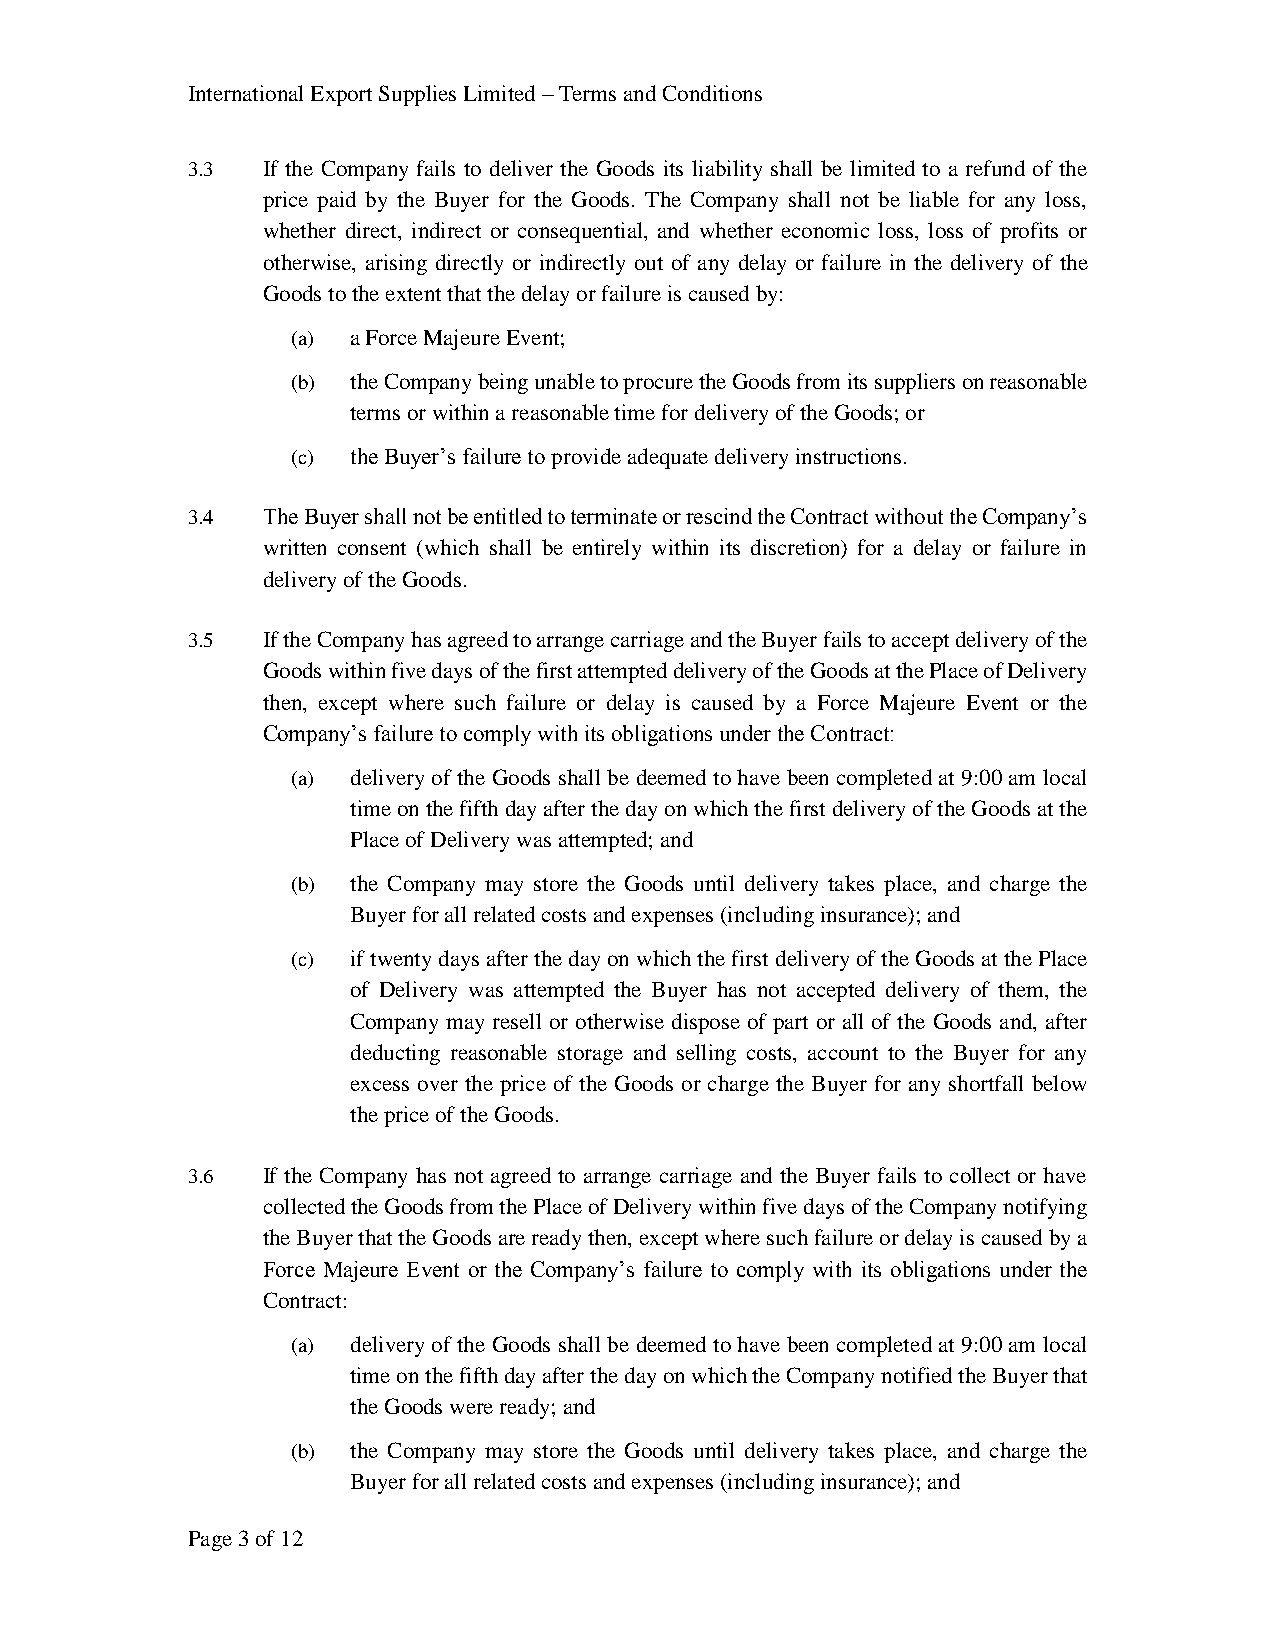
International Export Supplies Limited – Terms and Conditions
 3.3  If the Company fails to deliver the Goods its liability shall be limited to a refund of the
 price paid by the Buyer for the Goods. The Company shall not be liable for any loss,
 whether direct, indirect or consequential, and whether economic loss, loss of profits or
 otherwise, arising directly or indirectly out of any delay or failure in the delivery of the
 Goods to the extent that the delay or failure is caused by:
 (a) a Force Majeure Event;
 (b) the Company being unable to procure the Goods from its suppliers on reasonable
 terms or within a reasonable time for delivery of the Goods; or
 (c) the Buyer’s failure to provide adequate delivery instructions.
 3.4  The Buyer shall not be entitled to terminate or rescind the Contract without the Company’s
 written consent (which shall be entirely within its discretion) for a delay or failure in
 delivery of the Goods.
 3.5  If the Company has agreed to arrange carriage and the Buyer fails to accept delivery of the
 Goods within five days of the first attempted delivery of the Goods at the Place of Delivery
 then, except where such failure or delay is caused by a Force Majeure Event or the
 Company’s failure to comply with its obligations under the Contract:
 (a) delivery of the Goods shall be deemed to have been completed at 9:00 am local
 time on the fifth day after the day on which the first delivery of the Goods at the
 Place of Delivery was attempted; and
 (b) the Company may store the Goods until delivery takes place, and charge the
 Buyer for all related costs and expenses (including insurance); and
 (c) if twenty days after the day on which the first delivery of the Goods at the Place
 of Delivery was attempted the Buyer has not accepted delivery of them, the
 Company may resell or otherwise dispose of part or all of the Goods and, after
 deducting reasonable storage and selling costs, account to the Buyer for any
 excess over the price of the Goods or charge the Buyer for any shortfall below
 the price of the Goods.
 3.6  If the Company has not agreed to arrange carriage and the Buyer fails to collect or have
 collected the Goods from the Place of Delivery within five days of the Company notifying
 the Buyer that the Goods are ready then, except where such failure or delay is caused by a
 Force Majeure Event or the Company’s failure to comply with its obligations under the
 Contract:
 (a) delivery of the Goods shall be deemed to have been completed at 9:00 am local
 time on the fifth day after the day on which the Company notified the Buyer that
 the Goods were ready; and
 (b) the Company may store the Goods until delivery takes place, and charge the
 Buyer for all related costs and expenses (including insurance); and
 Page 3 of 12